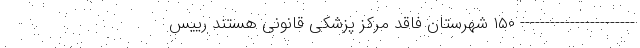
----------------------- ۱۵۰ شهرستان فاقد مرکز پزشکی قانونی هستند رییس